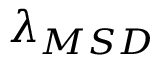
\lambda _ { M S D }